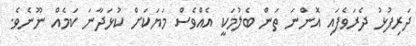
ދަރިފުޅު ދެރަވެފައި އޮންނަ ތަން ބެލުމަކީ އެއްވެސް މަޔަކަށް ކުޅަދާނަ ކަމެއް ނޫނެވެ.